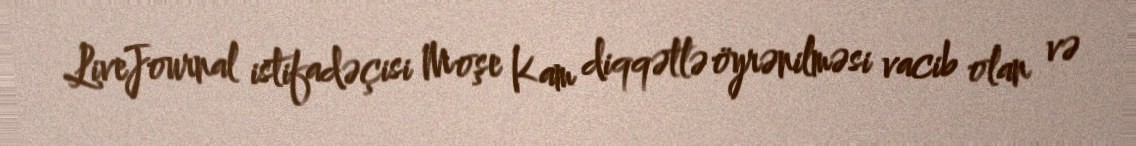
LiveJournal istifadəçisi Moşe Kam diqqətlə öyrənilməsi vacib olan və